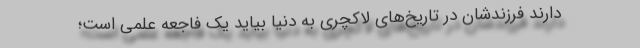
دارند فرزندشان در تاریخ‌های لاکچری به دنیا بیاید یک فاجعه علمی است؛